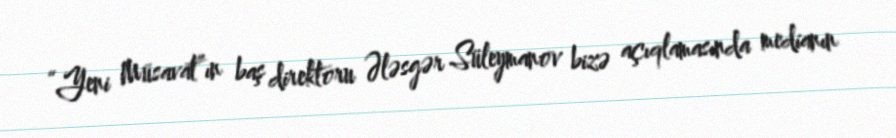
“Yeni Müsavat”ın baş direktoru Ələsgər Süleymanov bizə açıqlamasında medianın